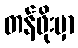
တန်ဖိုးမှာ